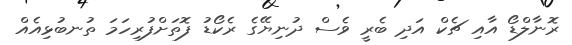
ރޮނާލްޑޯ އާއި ޗެކް އަދި ބެރީ ވެސް ދުނިޔޭގެ ރެކޯޑު ފޮތަށްފުރިހަމަ ތުނބުޅިއެއް